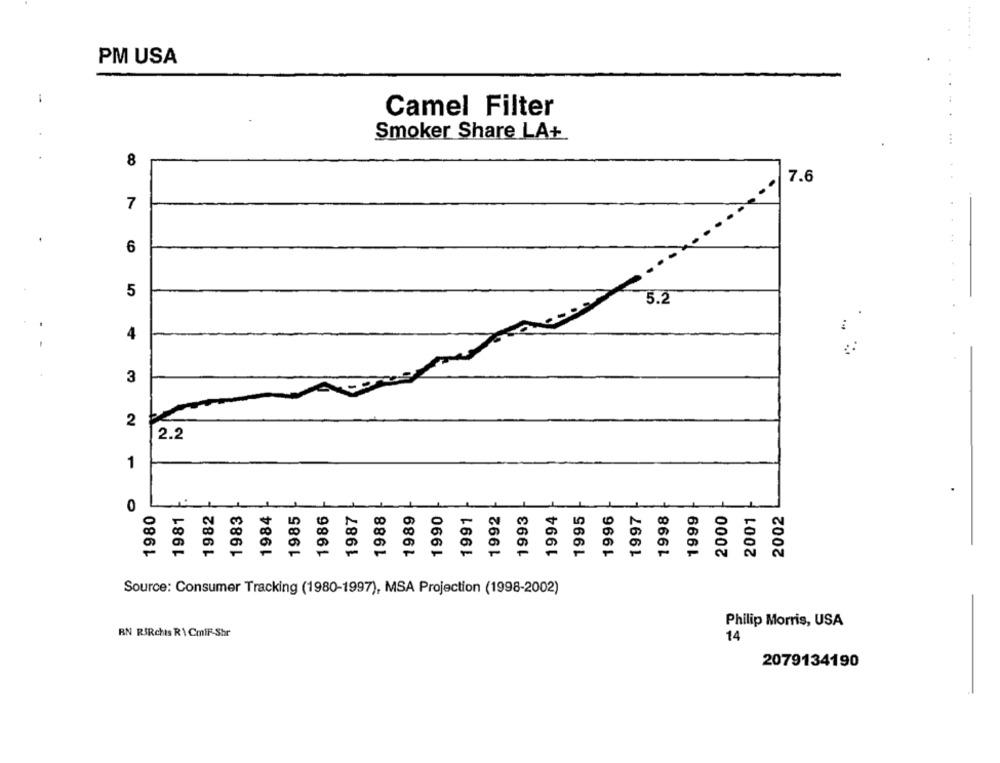
PM USA
1
Camel Filter
Smoker Share LA+
8
7.6
7
6
5
5.2
.
-
4
3
2
2.2
1
0
1980
1981
1982
1983
1984
1985
1986
1987
1988
1989
1990
1991
1992
1993
1994
1995
1996
1997
1998
1999
2000
2001
2002
Source: Consumer Tracking (1980-1997), MSA Projection (1998-2002)
Philip Morris, USA
BN RIRchis R\ CmiF-Shr
14
2079134190